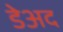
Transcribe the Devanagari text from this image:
डेअद